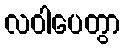
လဝါပေတွာ